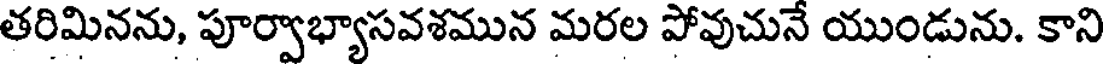
తరిమినను, పూర్వాభ్యాసవశమున మరల పోవుచునే యుండును. కాని